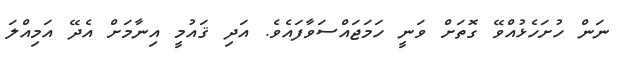
ނަން ހުށަހެޅުއްވޭ ގޮތަށް ވަނީ ހަމަޖައްސަވާފައެވެ. އަދި ޤައުމީ އިނާމަށް އެދޭ އަމިއްލަ